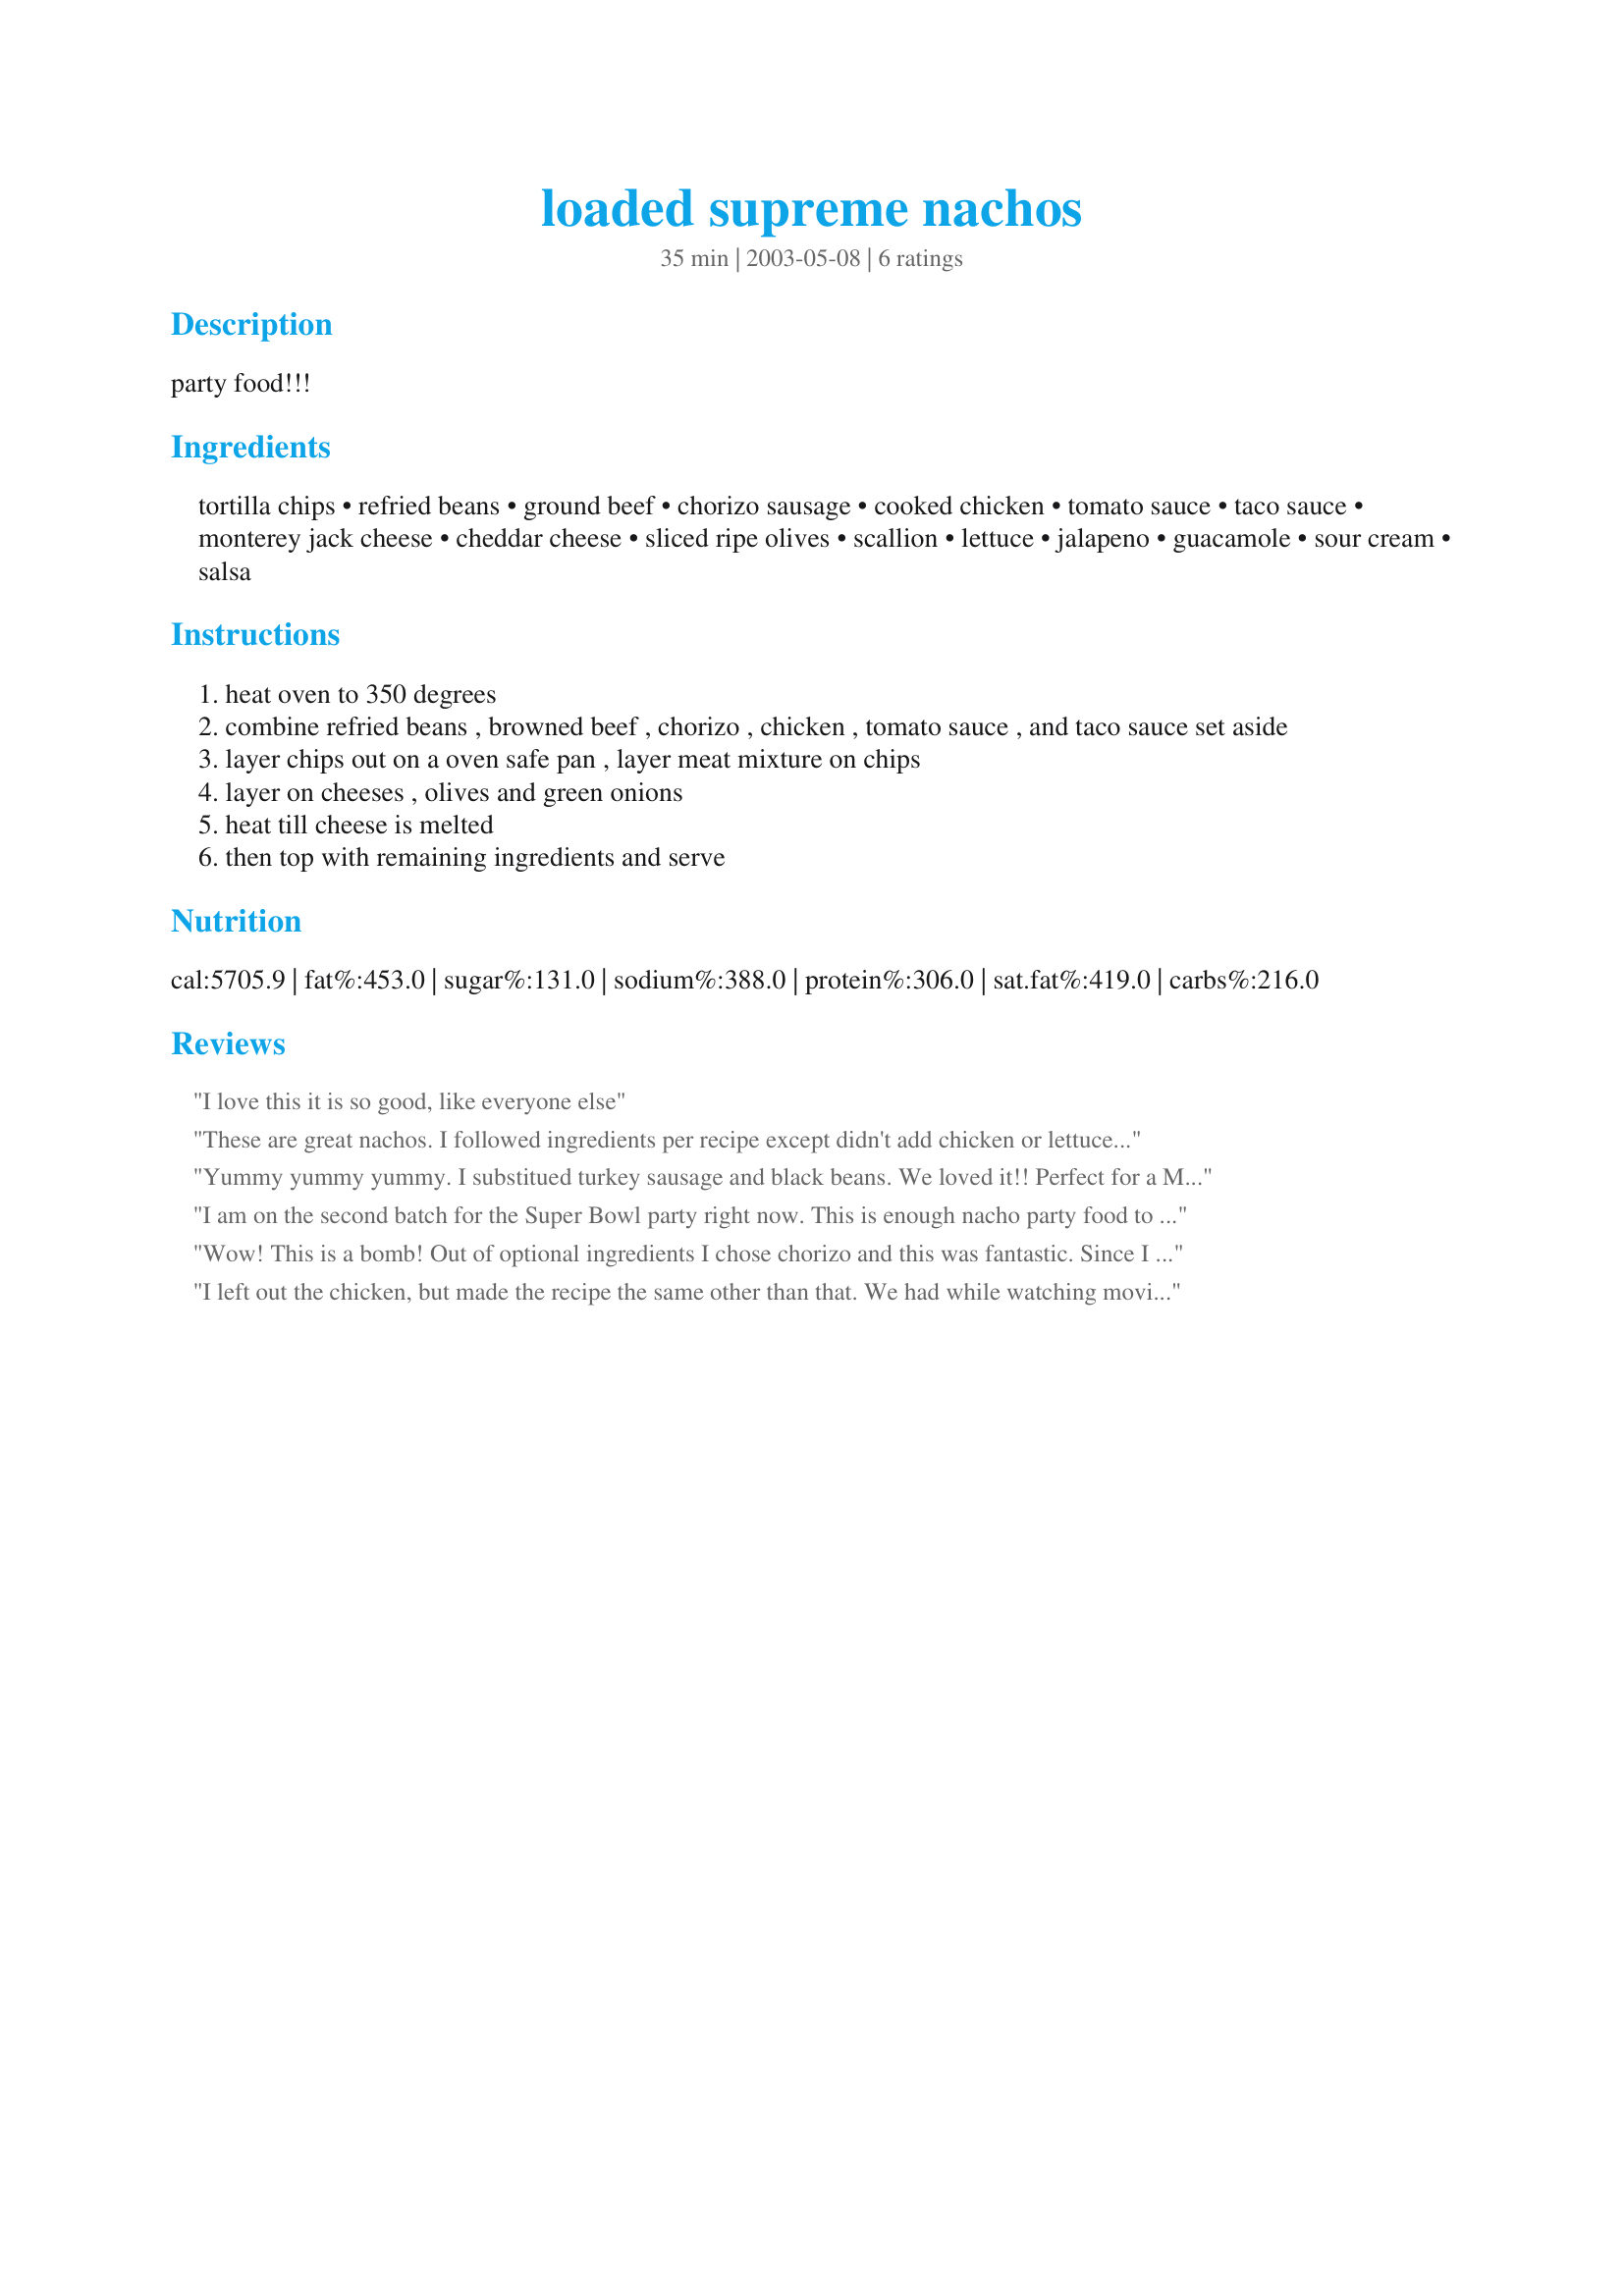
loaded supreme nachos
Preparation time: 35 minutes

party food!!!

Ingredients:
tortilla chips, refried beans, ground beef, chorizo sausage, cooked chicken, tomato sauce, taco sauce, monterey jack cheese, cheddar cheese, sliced ripe olives, scallion, lettuce, jalapeno, guacamole, sour cream, salsa

Steps:
heat oven to 350 degrees
combine refried beans , browned beef , chorizo , chicken , tomato sauce , and taco sauce set aside
layer chips out on a oven safe pan , layer meat mixture on chips
layer on cheeses , olives and green onions
heat till cheese is melted
then top with remaining ingredients and serve

Reviews:
I love this it is so good, like everyone else
These are great nachos. I followed ingredients per recipe except didn't add chicken or lettuce, or jalapeno. This made a great lunch for us. Made for Photo Tag.
Yummy yummy yummy. I substitued turkey sausage and black beans. We loved it!! Perfect for a Mexican food craving!
I am on the second batch for the Super Bowl party right now. This is enough nacho party food to feed half the county. But everyone is raving about it. I particularly like the lettuce, olives and chorizo additions, which were different than the normal versions one finds everywhere. Nice job!
Wow! This is a bomb! Out of optional ingredients I chose chorizo and this was fantastic. Since I did not have refried beans, I made my own with a can of kidney beans, 1 onion, 1 pckg of taco seasoning and 1 tbs jalapeno juice from jar. I also did not have tomato sauce and used 1 can of tomatoes and 2 tbs tomato paste instead, omitting the taco sauce alltogether. I was trying to get as close as possible to the original recipe with all my substitutions. Apart from all that I followed the recipe closely and we really enjoyed these nachos! The salad on top of everything else was great addition, giving it all fresh crunchynes. Thank you for another treat, Rita L!
I left out the chicken, but made the recipe the same other than that. We had while watching movies and everyone agrees this is an excellent recipe. They give it 2 thumbs up and I give it 5 stars. I did use shredded Mexican blend cheese in place of the Cheddar cheese, as we love it. This is another keeper Rita!
